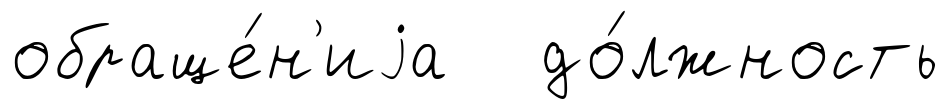
обраще́н'иjа до́лжность